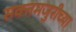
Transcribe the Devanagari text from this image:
सक्तमजुरीच्या